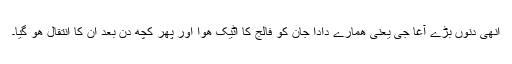
انھی دنوں بڑے آغا جی یعنی ھمارے دادا جان کو فالج کا اٹیک ھوا اور پھر کچھ دن بعد ان کا انتقال ھو گیا۔